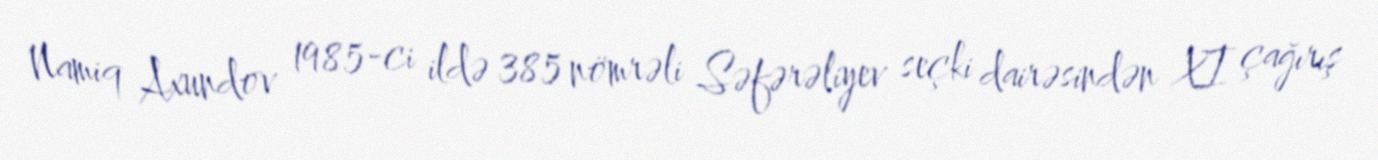
Namiq Axundov 1985-ci ildə 385 nömrəli Səfərəliyev seçki dairəsindən XI çağırış